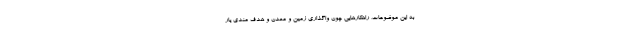
به این موضوعات، راهکارهایی چون واگذاری زمین و معدن و هدف مندی یار